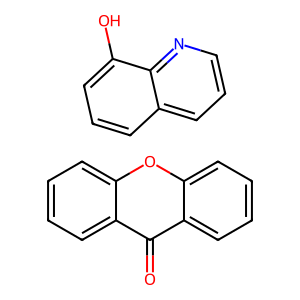
SMILES: O=c1c2ccccc2oc2ccccc12.Oc1cccc2cccnc12
Inhibits HIV replication: No